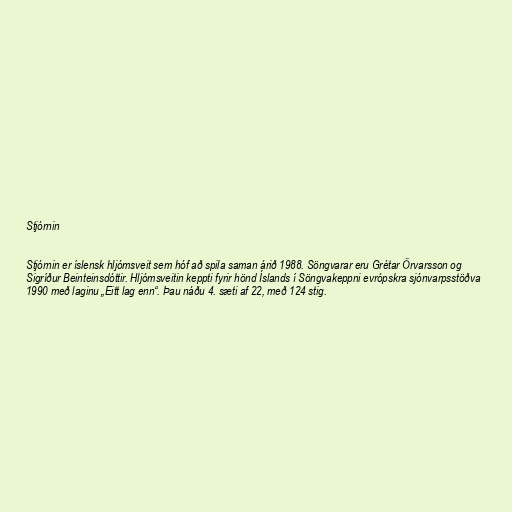
Stjórnin

Stjórnin er íslensk hljómsveit sem hóf að spila saman árið 1988. Söngvarar eru Grétar Örvarsson og
Sigríður Beinteinsdóttir. Hljómsveitin keppti fyrir hönd Íslands í Söngvakeppni evrópskra sjónvarpsstöðva
1990 með laginu „Eitt lag enn“. Þau náðu 4. sæti af 22, með 124 stig.